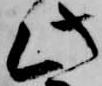
此